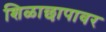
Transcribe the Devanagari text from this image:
शिळाछापावर